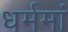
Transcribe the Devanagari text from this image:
धर्ममां